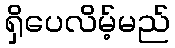
ရှိပေလိမ့်မည်